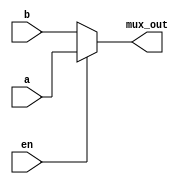
module mux (en, a, b, mux_out);

input        en;
input        a, b;
output       mux_out;

wire mux_out;
 assign mux_out = (en)? a : b;

endmodule